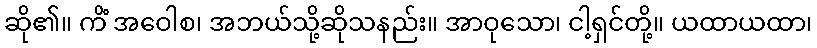
ဆို၏။ ကိံ အဝေါစ၊ အဘယ်သို့ဆိုသနည်း။ အာဝုသော၊ ငါ့ရှင်တို့။ ယထာယထာ၊